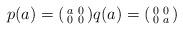
LaTeX: \begin{align*}p(a)=(\begin{smallmatrix}a&0\\0&0\end{smallmatrix})q(a)=(\begin{smallmatrix}0&0\\0&a\end{smallmatrix})\end{align*}